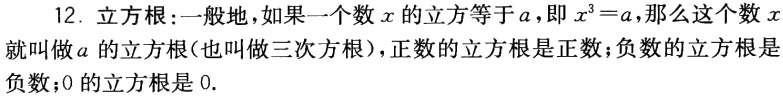
12. 立方根：一般地，如果一个数\(x\)的立方等于\(a\)，即\(x^{3}=a\)，那么这个数\(x\)就叫做\(a\)的立方根(也叫做三次方根)，正数的立方根是正数；负数的立方根是负数；\(0\)的立方根是\(0\).